Report on sanitation, dispensaries, and jails in Rajputana for 1920, and on vaccination for the year 1920-1921 - 1920-1921
Year: 1920
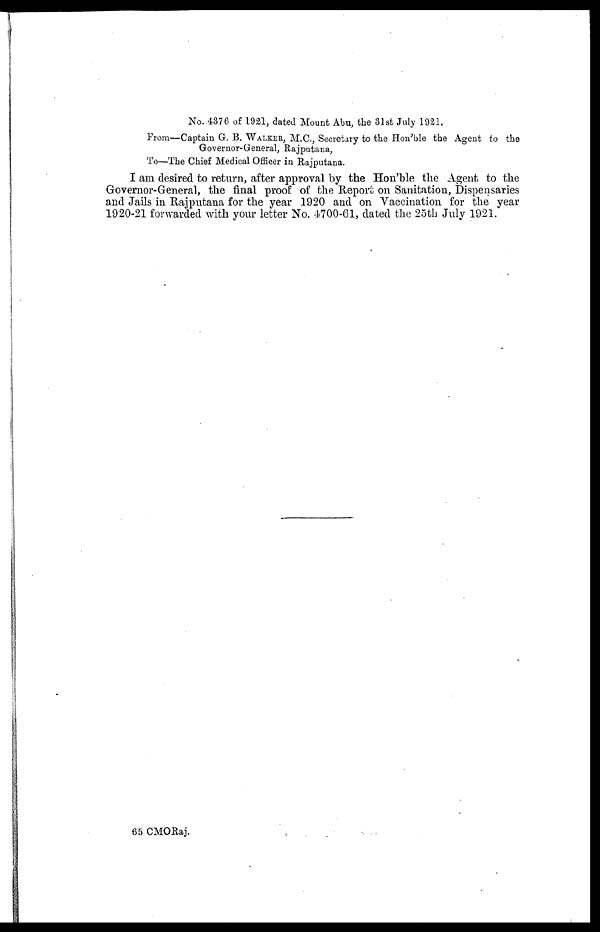
No. 4376 of 1921, dated Mount Abu, the 31st July 1921.
From—Captain G. B. WALKER, M.C., Secretary to the Hon'ble the Agent to the
Governor-General, Rajputana,
To—The Chief Medical Officer in Rajputana.
I am desired to return, after approval by the Hon'ble the Agent to the
Governor-General, the final proof of the Report on Sanitation, Dispensaries
and Jails in Rajputana for the year 1920 and on Vaccination for the year
1920-21 forwarded with your letter No. 4700-61, dated the 25th July 1921.
65 CMORaj.